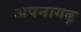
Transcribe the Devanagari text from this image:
अपनागढ़